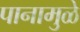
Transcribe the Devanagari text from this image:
पानामुळे